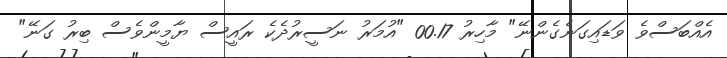
އެއްބަސްވެ ވަޑައިގަނެގެންނޭ" މާހިރު 00.17 "އުމަރު ނަސީރުދެކެ ރައީސް ޔާމީންވެސް ބިރު ގަނޭ"